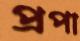
প্রপা